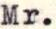
Mr.